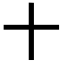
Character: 十